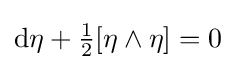
\mathrm {d} \eta +{\tfrac {1}{2}}[\eta \wedge \eta ]=0